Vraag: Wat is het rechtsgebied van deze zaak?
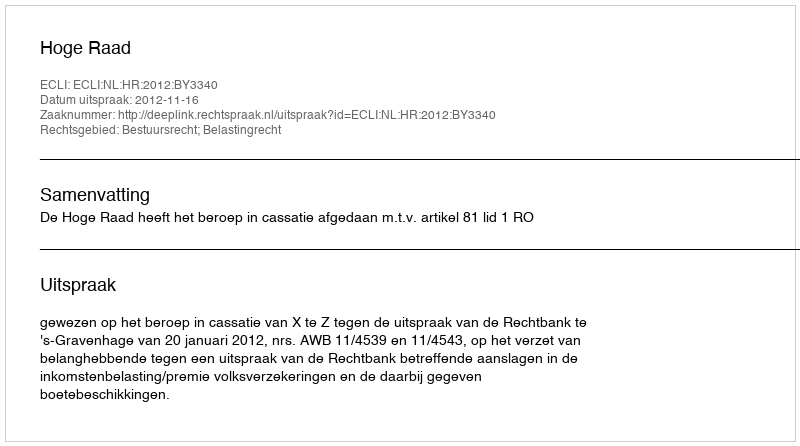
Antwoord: Bestuursrecht; Belastingrecht